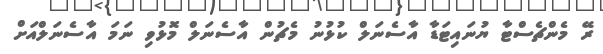
ރޭ މެންޗެސްޓާ ޔުނައިޓަޑާ އާސެނަލް ކުޅުނު މެޗުން އާސެނަލް މޮޅުވި ނަމަ އާސެނަލްއަށް